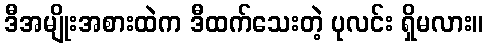
ဒီအမျိုးအစားထဲက ဒီထက်သေးတဲ့ ပုလင်း ရှိမလား။